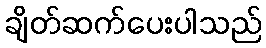
ချိတ်ဆက်ပေးပါသည်